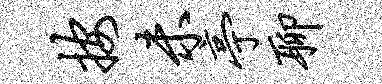
按未亭聊